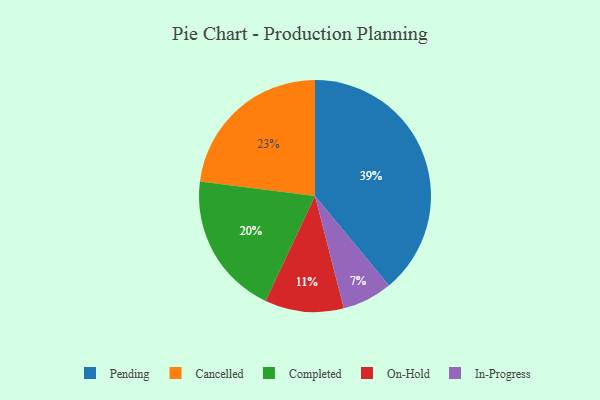
{"axis": {"x": "Category", "y": "Percentage"}, "legend": ["Cancelled", "Completed", "In-Progress", "On-Hold", "Pending"], "data": [{"x": "Pending", "y": 39, "type": "Pending"}, {"x": "On-Hold", "y": 11, "type": "On-Hold"}, {"x": "Cancelled", "y": 23, "type": "Cancelled"}, {"x": "In-Progress", "y": 7, "type": "In-Progress"}, {"x": "Completed", "y": 20, "type": "Completed"}]}